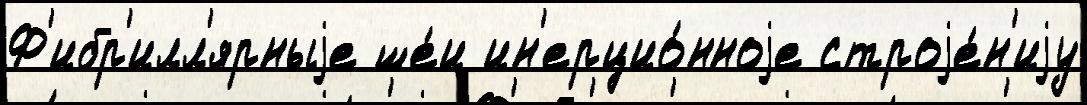
Ф'ибр'илл'ярныjе ше́и ин'ерцио́нноjе строjе́н'иjу